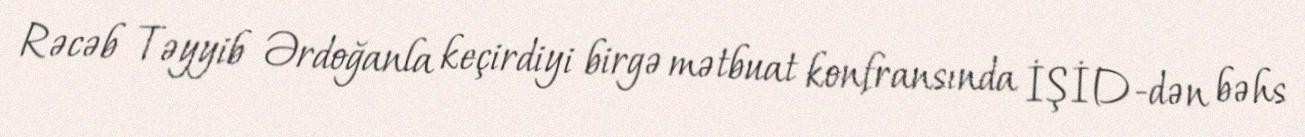
Rəcəb Təyyib Ərdoğanla keçirdiyi birgə mətbuat konfransında İŞİD-dən bəhs